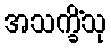
အသက္ခိံသု